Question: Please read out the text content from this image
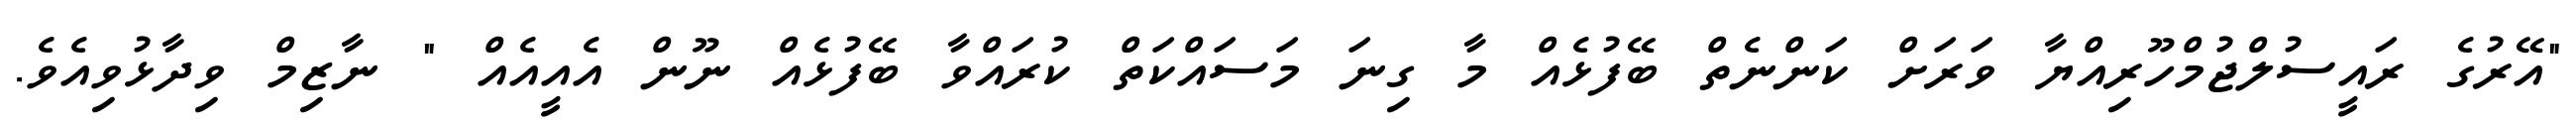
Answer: "އޭރުގެ ރައީސުލްޖުމްހޫރިއްޔާ ވަރަށް ކަންނެތް ބޭފުޅެއް މާ ގިނަ މަސައްކަތް ކުރައްވާ ބޭފުޅެއް ނޫން އެއީއެއް " ނާޒިމް ވިދާޅުވިއެވެ.